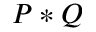
P * Q